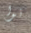
نوا